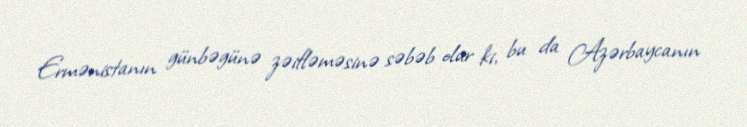
Ermənistanın günbəgünə zəifləməsinə səbəb olur ki, bu da Azərbaycanın